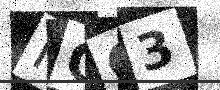
Text: HOC3